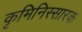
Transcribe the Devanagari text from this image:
कृमिनिस्सारक